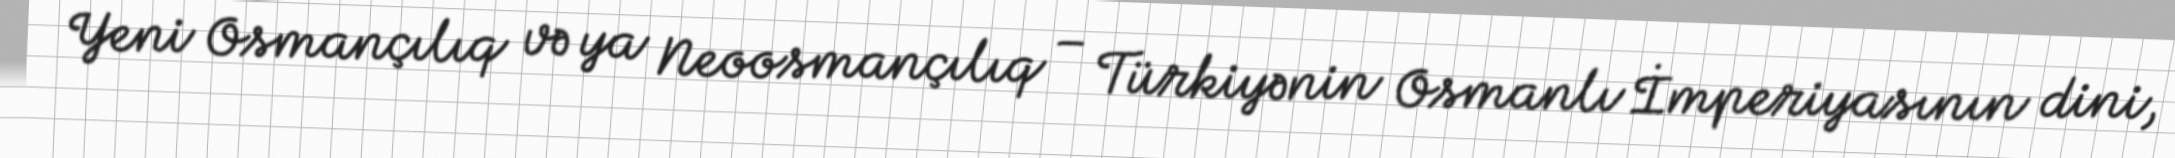
Yeni Osmançılıq və ya Neoosmançılıq – Türkiyənin Osmanlı İmperiyasının dini,